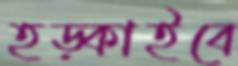
হড়্‌কাইবে